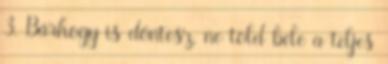
3. Bárhogy is döntesz, ne told bele a teljes